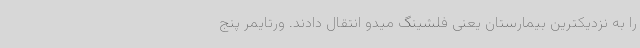
را به نزدیکترین بیمارستان یعنی فلشینگ میدو انتقال دادند. ورتایمر پنج